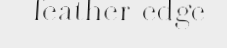
feather-edge